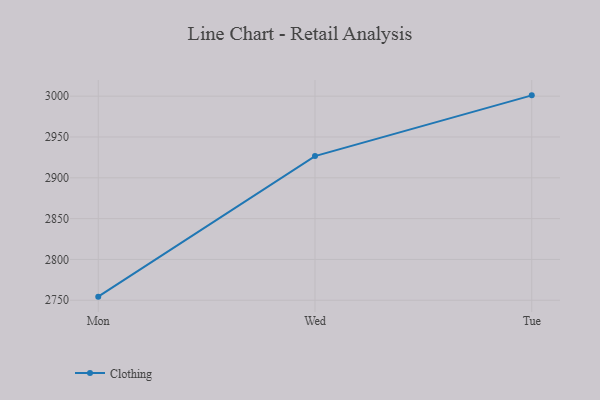
{"axis": {"x": "Day", "y": "LTV (USD)"}, "legend": ["Clothing"], "data": [{"x": "Mon", "y": 2754.4, "type": "Clothing"}, {"x": "Wed", "y": 2926.6, "type": "Clothing"}, {"x": "Tue", "y": 3001.0, "type": "Clothing"}]}